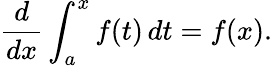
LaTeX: {\frac{d}{dx}}\int_{a}^{x}f(t)\, dt=f(x).